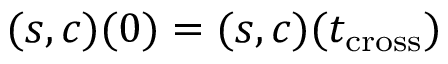
( s , c ) ( 0 ) = ( s , c ) ( t _ { \mathrm { c r o s s } } )